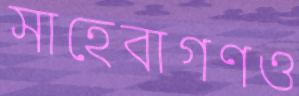
সাহেবাগণও